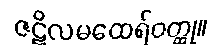
ဇဋိလမထေရ်ဝတ္ထု။